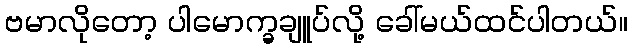
ဗမာလိုတော့ ပါမောက္ခချူပ်လို့ ခေါ်မယ်ထင်ပါတယ်။